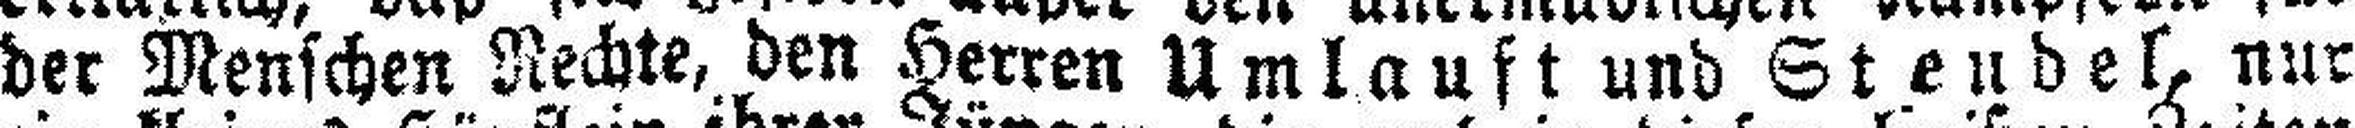
der Menschen Rechte, den Herren Umlauft und Stendel, nur